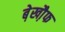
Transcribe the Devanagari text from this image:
बे़खौ़फ